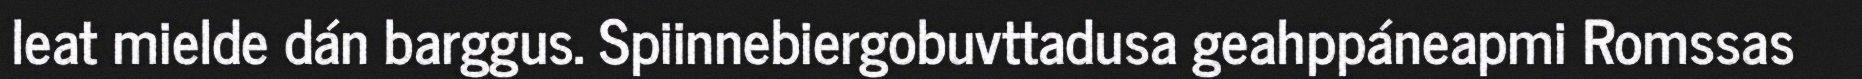
leat mielde dán barggus. Spiinnebiergobuvttadusa geahppáneapmi Romssas